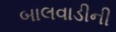
બાલવાડીની